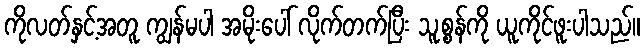
ကိုလတ်နှင့်အတူ ကျွန်မပါ အမိုးပေါ် လိုက်တက်ပြီး သူ့စွန်ကို ယူကိုင်ဖူးပါသည်။